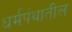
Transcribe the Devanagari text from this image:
धर्मपंथातील